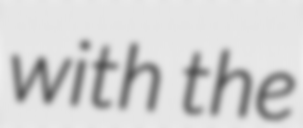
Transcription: with the